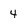
Character: 4